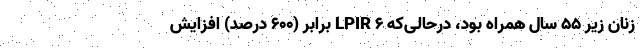
زنان زیر ۵۵ سال همراه بود، درحالی‌که LPIR ۶ برابر (۶۰۰ درصد) افزایش